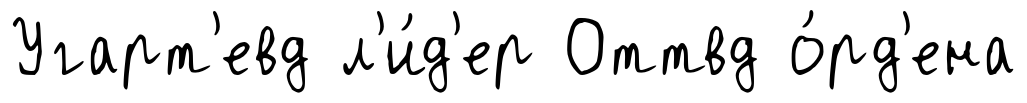
Угарт'евд л'и́д'ер Оттвд о́рд'ена